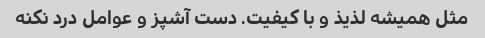
مثل همیشه لذیذ و با کیفیت. دست آشپز و عوامل درد نکنه